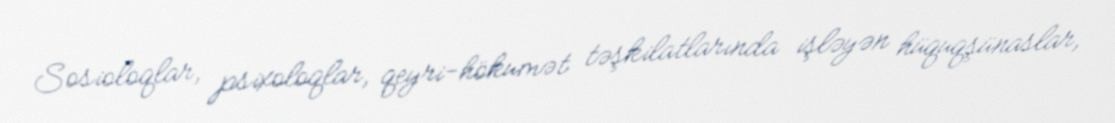
Sosioloqlar, psixoloqlar, qeyri-hökumət təşkilatlarında işləyən hüquqşünaslar,